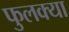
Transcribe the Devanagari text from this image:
फुलक्या